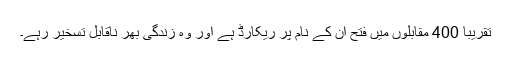
تقریبا 400 مقابلوں میں فتح ان کے نام پر ریکارڈ ہے اور وہ زندگی بھر ناقابل تسخیر رہے۔